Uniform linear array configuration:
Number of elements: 32
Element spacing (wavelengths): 0.5
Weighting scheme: blackman
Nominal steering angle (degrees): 0
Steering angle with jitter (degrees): -1.052
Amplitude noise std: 0.05
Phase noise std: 0.05

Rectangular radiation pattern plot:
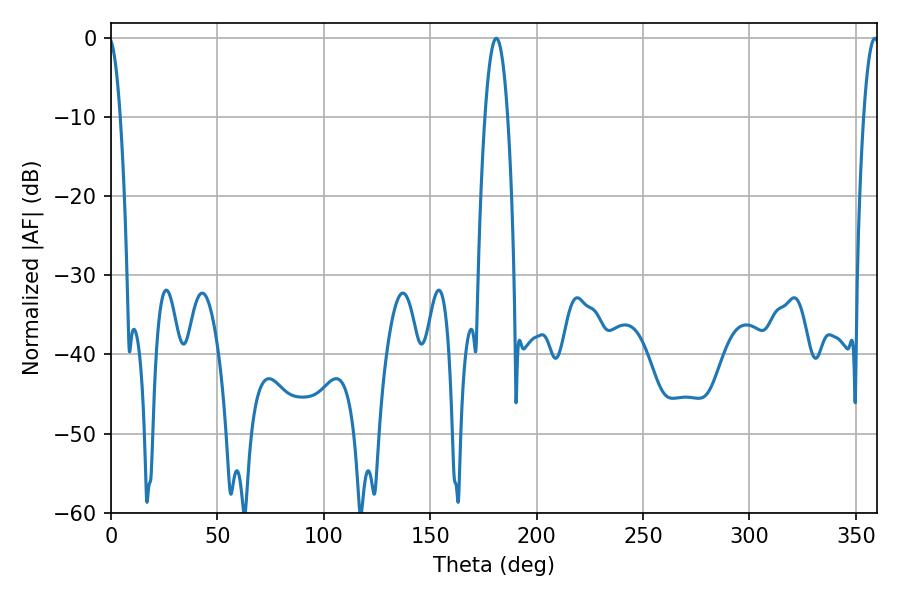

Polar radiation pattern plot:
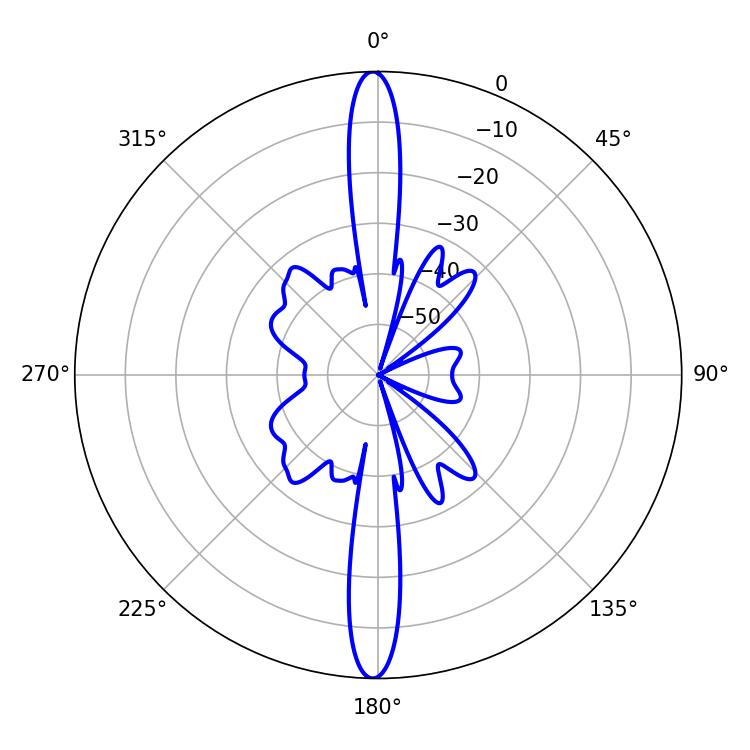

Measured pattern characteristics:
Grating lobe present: FALSE
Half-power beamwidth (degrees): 5.94
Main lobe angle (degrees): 181.08